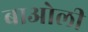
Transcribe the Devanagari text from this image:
बाओली